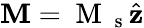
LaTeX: \mathbf{M}=\mathrm{~M~}_{\mathrm{~s~}}\hat{\mathbf{z}}